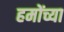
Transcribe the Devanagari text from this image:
हमोंच्या